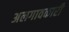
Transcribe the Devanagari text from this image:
अलगावकारी